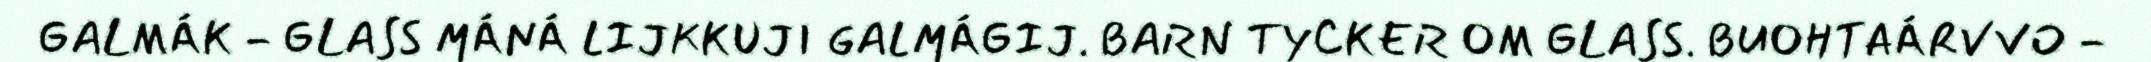
GALMÁK - GLASS MÁNÁ LIJKKUJI GALMÁGIJ. BARN TYCKER OM GLASS. BUOHTAÁRVVO -